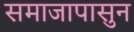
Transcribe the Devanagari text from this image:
समाजापासुन